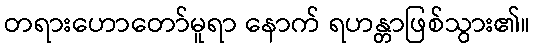
တရားဟောတော်မူရာ နောက် ရဟန္တာဖြစ်သွား၏။